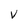
Character: V